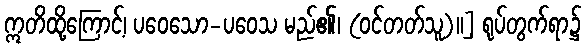
ဣတိထို့ကြောင့်၊ ပဝေသော-ပဝေသ မည်၏၊ (ဝင်တတ်သူ)။] ရုပ်တွက်ရာ၌